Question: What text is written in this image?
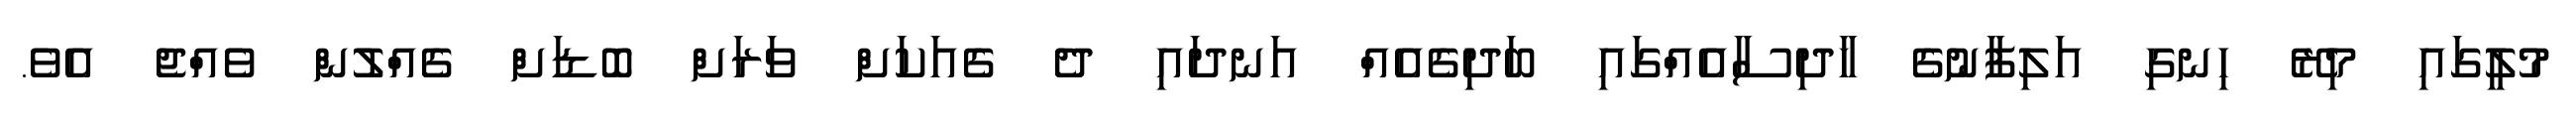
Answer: މުލީގައި މިރޭ ހިނގި އަލިފާނުގެ ހާދިސާއެއްގައި ބަދިގެއެއް އަނދައި ދެ ގެއަކަށް ވަރަށް ބޮޑަށް ގެއްލުން ވެއްޖެ އެވެ.